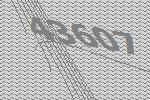
43607